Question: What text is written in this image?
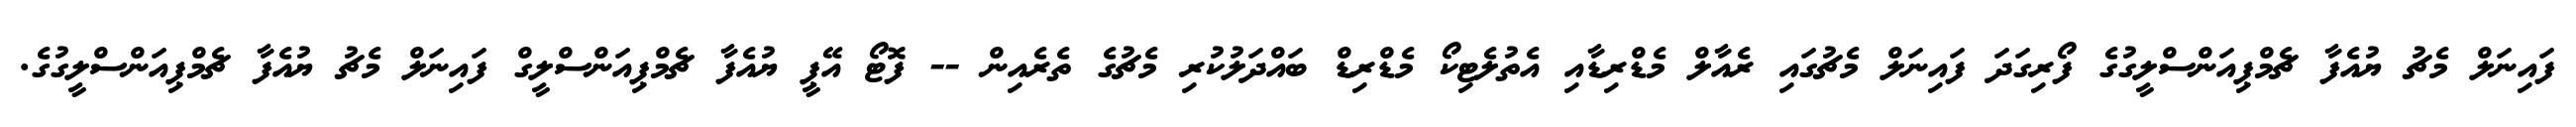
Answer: ފައިނަލް މެޗު ޔުއެފާ ޗެމްޕިއަންސްލީގުގެ ފޯރިގަދަ ފައިނަލް މެޗުގައި ރެއާލް މެޑްރިޑާއި އެތުލެޓިކޯ މެޑްރިޑް ބައްދަލުކުރި މެޗުގެ ތެރެއިން -- ފޮޓޯ އޭޕީ ޔުއެފާ ޗެމްޕިއަންސްލީގް ފައިނަލް މެޗު ޔުއެފާ ޗެމްޕިއަންސްލީގުގެ.